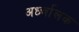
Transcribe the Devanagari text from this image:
अर्ध्चालक